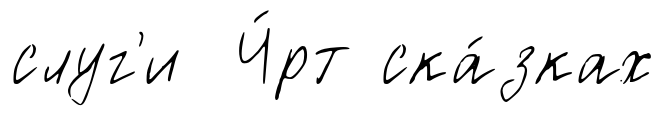
слуг'и Ч́рт ска́зках